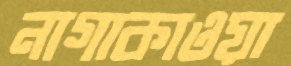
নাগাকাওয়া